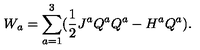
W _ { a } = \sum _ { a = 1 } ^ { 3 } ( \frac { 1 } { 2 } J ^ { a } Q ^ { a } Q ^ { a } - H ^ { a } Q ^ { a } ) .